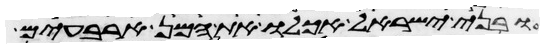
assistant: ובני ישראל אכלו את המן ארבעים